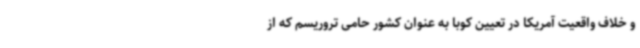
و خلاف واقعیت آمریکا در تعیین کوبا به عنوان کشور حامی تروریسم که از